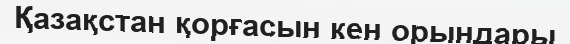
Қазақстан қорғасын кен орындары